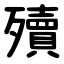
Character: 殰